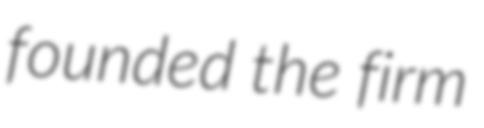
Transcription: founded the firm